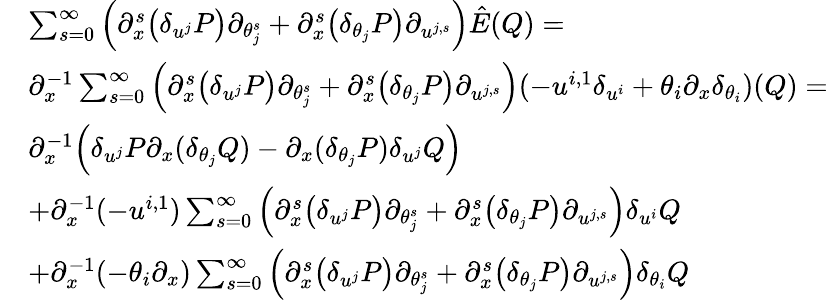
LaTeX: \begin{array}{rl}&{\sum_{s=0}^{\infty}\Big({\partial}_{x}^{s}\big(\delta_{u^{j}}P\big){\partial}_{\theta_{j}^{s}}+{\partial}_{x}^{s}\big(\delta_{\theta_{j}}P\big){\partial}_{u^{j,s}}\Big)\hat{E}(Q)=}\\ &{{\partial}_{x}^{-1}\sum_{s=0}^{\infty}\Big({\partial}_{x}^{s}\big(\delta_{u^{j}}P\big){\partial}_{\theta_{j}^{s}}+{\partial}_{x}^{s}\big(\delta_{\theta_{j}}P\big){\partial}_{u^{j,s}}\Big)(-u^{i,1}\delta_{u^{i}}+\theta_{i}{\partial}_{x}\delta_{\theta_{i}})(Q)=}\\ &{{\partial}_{x}^{-1}\Big(\delta_{u^{j}}P{\partial}_{x}(\delta_{\theta_{j}}Q)-{\partial}_{x}(\delta_{\theta_{j}}P)\delta_{u^{j}}Q\Big)}\\ &{+{\partial}_{x}^{-1}(-u^{i,1})\sum_{s=0}^{\infty}\Big({\partial}_{x}^{s}\big(\delta_{u^{j}}P\big){\partial}_{\theta_{j}^{s}}+{\partial}_{x}^{s}\big(\delta_{\theta_{j}}P\big){\partial}_{u^{j,s}}\Big)\delta_{u^{i}}Q}\\ &{+{\partial}_{x}^{-1}(-\theta_{i}{\partial}_{x})\sum_{s=0}^{\infty}\Big({\partial}_{x}^{s}\big(\delta_{u^{j}}P\big){\partial}_{\theta_{j}^{s}}+{\partial}_{x}^{s}\big(\delta_{\theta_{j}}P\big){\partial}_{u^{j,s}}\Big)\delta_{\theta_{i}}Q}\end{array}